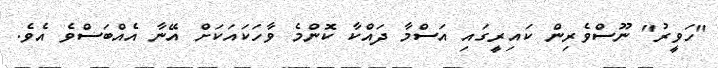
"ހަވީރު" ނޫސްވެރިން ކައިރީގައި އަސްމާ ދައްކާ ކޮންމެ ވާހަކައަކަށް އޭނާ އެއްބަސްވެ އެވެ.